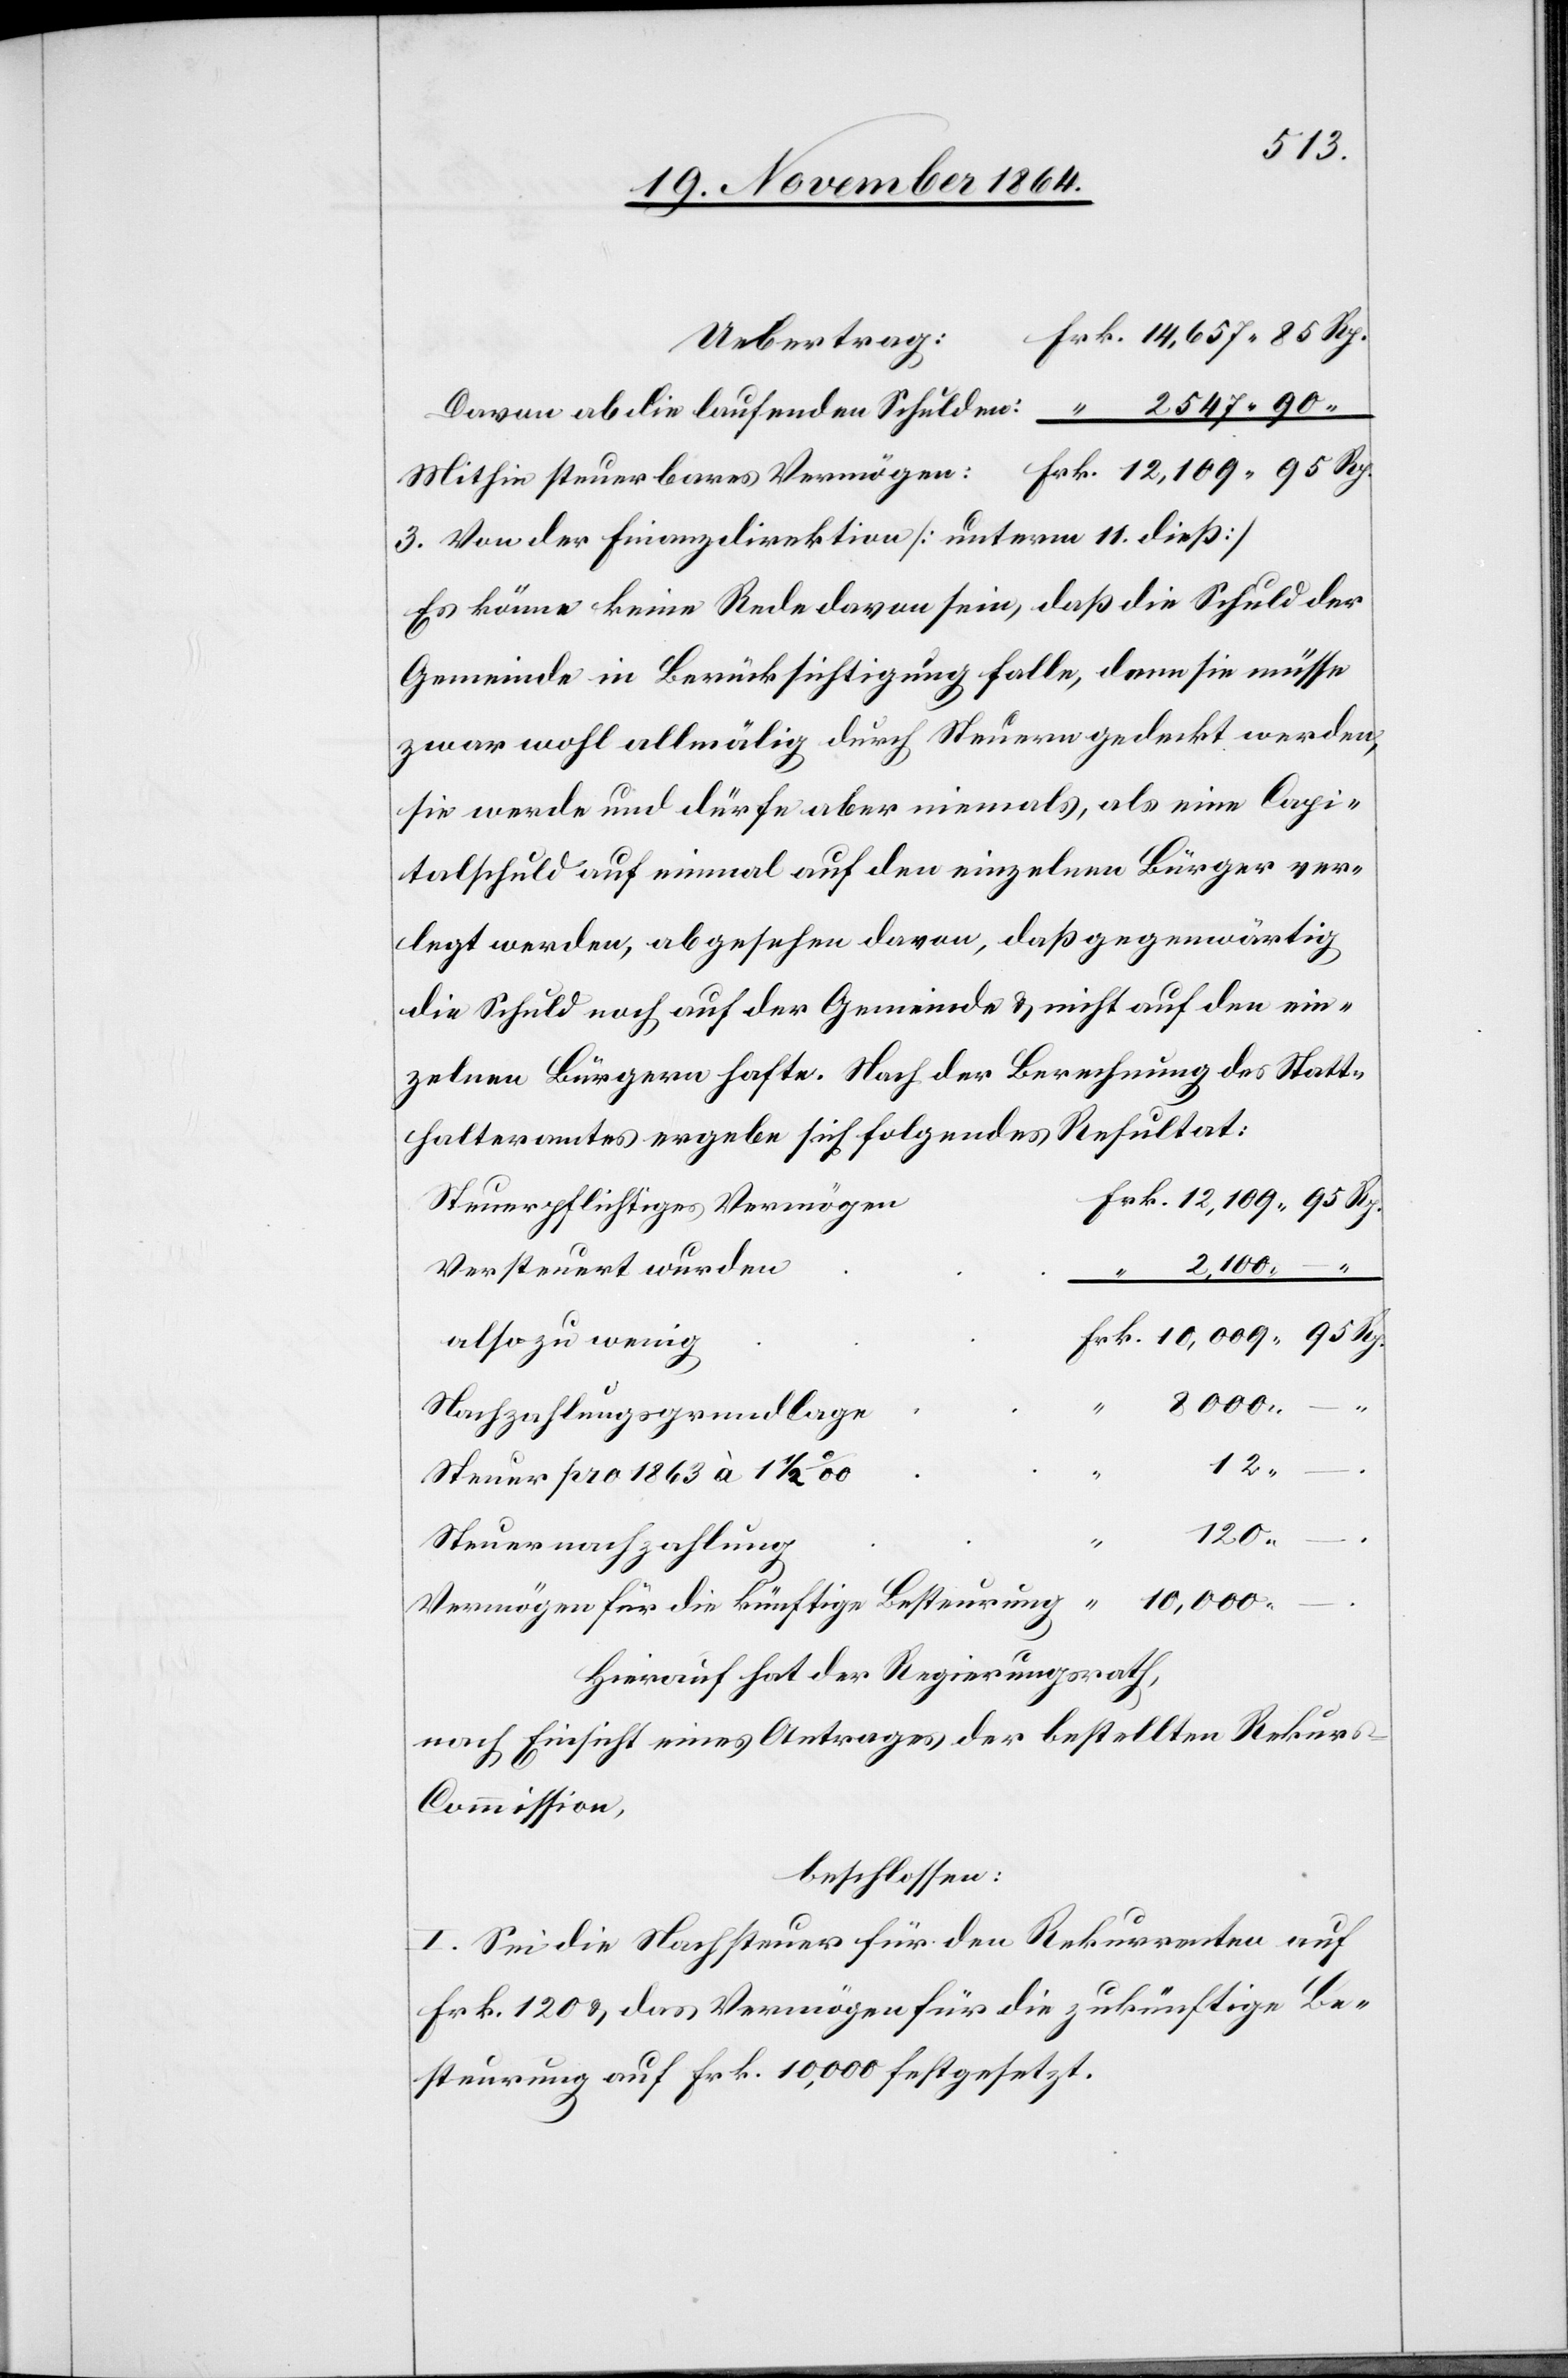
3. Von der Finanzdirektion [unterm 11. dieß]
Es könne keine Rede davon sein, daß die Schuld der
Gemeinde in Berücksichtigung falle, denn sie müsse
zwar wohl allmälig durch Steuern gedeckt werden,
sie werde und dürfe aber niemals, als eine Capi¬
talschuld auf einmal auf den einzelnen Bürger ver¬
legt werden, abgesehen davon, daß gegenwärtig
die Schuld noch auf der Gemeinde & nicht auf den ein¬
zelnen Bürgern hafte. Nach der Berechnung des Statt¬
halteramtes ergebe sich folgendes Resultat:
Steuerpflichtiges Vermögen
Versteuert wurden
2,100. –
also zu wenig
8000.
Nachzahlungsgrundlage
Steuer pro 1863 à 1
120.
.
Steuernachzahlung
10,000.
Vermögen für die künftige Besteurung
Hierauf hat der Regierungsrath,
nach Einsicht eines Antrages der bestellten Rekur¬
s-Commission,
beschlossen:
I. Sei die Nachsteuer für den Rekurrenten auf
Frk. 120 & das Vermögen für die zukünftige Be¬
steurung auf Frk. 10,000 festgesetzt.